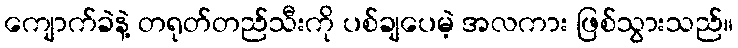
ကျောက်ခဲနဲ့ တရုတ်တည်သီးကို ပစ်ချပေမဲ့ အလကား ဖြစ်သွားသည်။